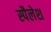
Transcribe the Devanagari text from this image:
स्पैलेश